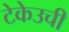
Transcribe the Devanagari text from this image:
टेकेउची